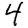
Digit: 4